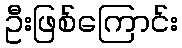
ဦးဖြစ်ကြောင်း